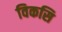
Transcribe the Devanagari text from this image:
विकसि